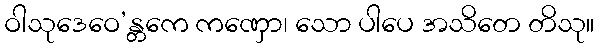
ဝါသုဒေဝေ’န္တကေ ကဏှော၊ သော ပါပေ အသိတေ တိသု။